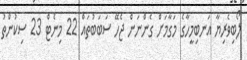
ލޯބިވެރިޔާ އަނބިމީހާގެ މަގާމަށް ގެންނަން ޖެހޭ ސަބަބުތައް 22 މިނެޓް 23 ސިކުންތު